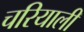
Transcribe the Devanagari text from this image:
चरियाली